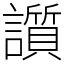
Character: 䜠